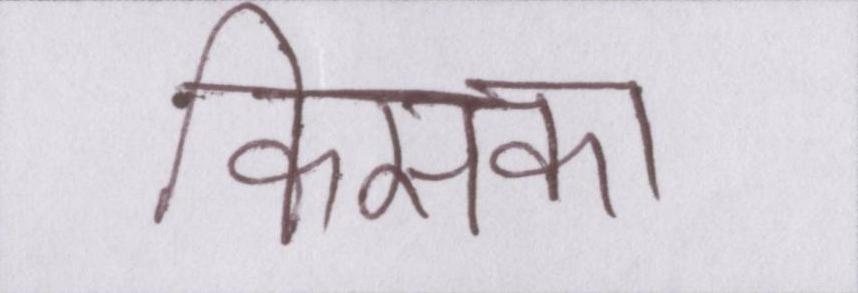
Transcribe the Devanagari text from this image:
किसका